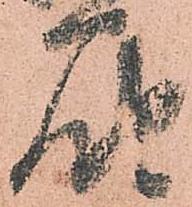
届